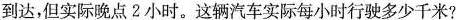
巩固拓展1一辆卡车上午10时从南京出发开往镇江，原计划每小时行驶60千米，下午1时